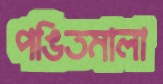
পঙিতমালা